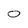
Character: 0